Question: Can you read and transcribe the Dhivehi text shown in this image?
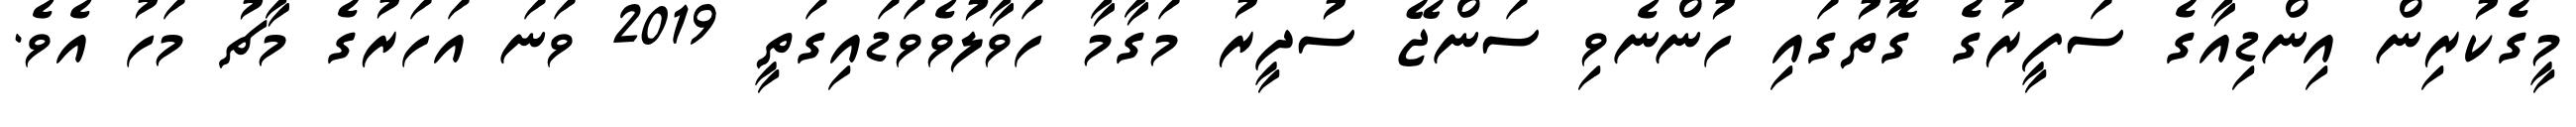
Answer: މީގެކުރިން އިންޑިއާގެ ސަފީރުގެ ގޮތުގައި ހުންނެވި ސަންޖޭ ސުދީރު މަގާމާ ހަވާލުވެވަޑައިގަތީ 2019 ވަނަ އަހަރުގެ މާޗު މަހު އެވެ.